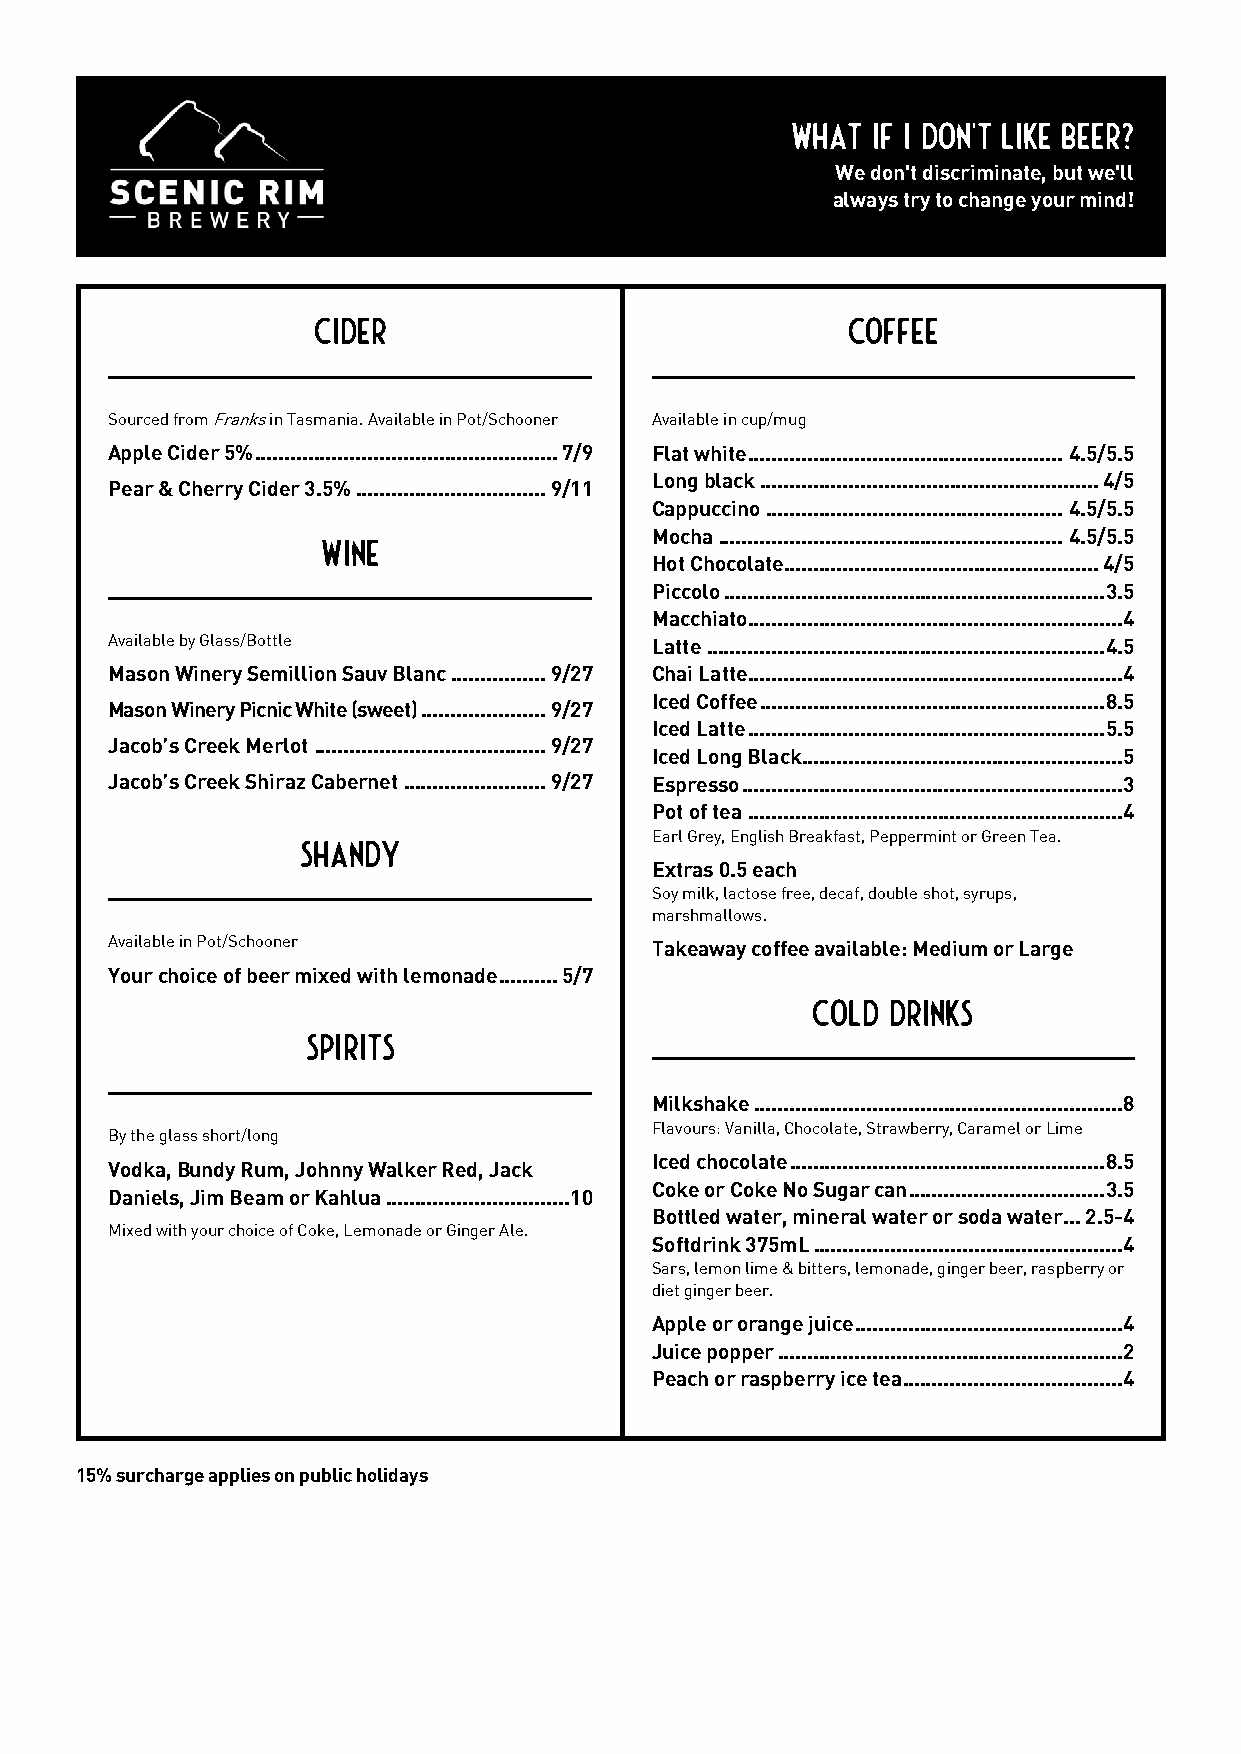
What  if I don't like beer?
 We don't discriminate, but we'll
 always try to change your mind!
 CIDER                              COFFEE
 Sourced from Franks in Tasmania. Available in Pot/Schooner Available in cup/mug
 Apple Cider 5% ................................................... 7/9 Flat white ..................................................... 4.5/5.5
 Long black ......................................................... 4/5
 Pear & Cherry Cider 3.5% ................................ 9/11
 Cappuccino .................................................. 4.5/5.5
 Mocha .......................................................... 4.5/5.5
 WIne
 Hot Chocolate ..................................................... 4/5
 Piccolo ................................................................ 3.5
 Macchiato ............................................................... 4
 Available by Glass/Bottle           Latte ................................................................... 4.5
 Mason Winery Semillion Sauv Blanc ................ 9/27 Chai Latte ............................................................... 4
 Iced Coffee .......................................................... 8.5
 Mason Winery Picnic White (sweet) ..................... 9/27
 Iced Latte ............................................................ 5.5
 Jacob’s Creek Merlot ....................................... 9/27
 Iced Long Black ...................................................... 5
 Jacob’s Creek Shiraz Cabernet ........................ 9/27 Espresso ................................................................ 3
 Pot of tea ............................................................... 4
 Earl Grey, English Breakfast, Peppermint or Green Tea.
 SHANDY
 Extras 0.5 each
 Soy milk, lactose free, decaf, double shot, syrups,
 marshmallows.
 Available in Pot/Schooner           Takeaway coffee available: Medium or Large
 Your choice of beer mixed with lemonade .......... 5/7
 COLD DRINKS
 SPIRITS
 Milkshake .............................................................. 8
 By the glass short/long
 Flavours: Vanilla, Chocolate, Strawberry, Caramel or Lime
 Iced chocolate ..................................................... 8.5
 Vodka, Bundy Rum, Johnny Walker Red, Jack
 Coke or Coke No Sugar can ................................. 3.5
 Daniels, Jim Beam or Kahlua ............................... 10
 Bottled water, mineral water or soda water ... 2.5-4
 Mixed with your choice of Coke, Lemonade or Ginger Ale.
 Softdrink 375mL .................................................... 4
 Sars, lemon lime & bitters, lemonade, ginger beer, raspberry or
 diet ginger beer.
 Apple or orange juice ............................................. 4
 Juice popper .......................................................... 2
 Peach or raspberry ice tea ..................................... 4
 15% surcharge applies on public holidays